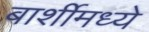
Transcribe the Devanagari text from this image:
बार्शीमध्ये